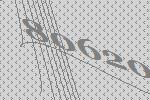
80620